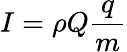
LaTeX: I=\rho Q\frac{q}{m}